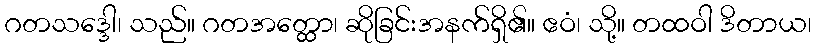
ဂတသဒ္ဒေါ၊ သည်။ ဂတအတ္ထော၊ ဆိုခြင်းအနက်ရှိ၏။ ဧဝံ၊ သို့။ တထဝါ ဒိတာယ၊